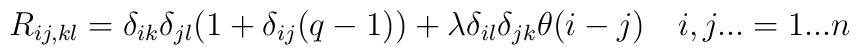
R_{ij,kl} = \delta_{ik} \delta_{jl} (1 + \delta_{ij} (q-1)) + \lambda\delta_{il} \delta_{jk} \theta (i-j) \quad i,j...=1...n